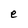
Character: e